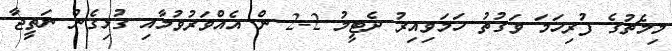
މިމެޗުގެ ފުރިހަމަ ވަގުތު ހަމަވިއިރު ދެޓީމު 2-2 ން އެއްވަރުވުމާއި ގުޅިގެން ނަތީޖާ